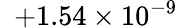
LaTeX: \phantom{0}{+1.54}\times 10^{-9}